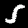
Label: 5